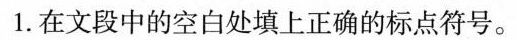
1.在文段中的空白处填上正确的标点符号。